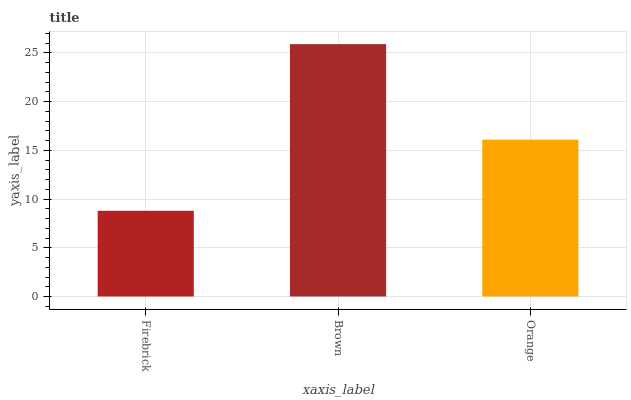
| xaxis_label | bars |
 | --- | --- |
 | Firebrick | 8.8 |
 | Brown | 25.9 |
 | Orange | 16.1 |